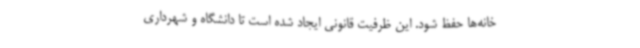
خانه‌ها حفظ شود. این ظرفیت قانونی ایجاد شده است تا دانشگاه و شهرداری